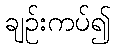
ချဉ်းကပ်၍